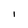
Character: I